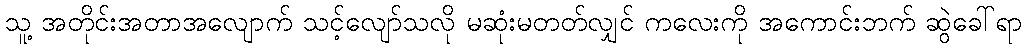
သူ့ အတိုင်းအတာအလျောက် သင့်လျော်သလို မဆုံးမတတ်လျှင် ကလေးကို အကောင်းဘက် ဆွဲခေါ်ရာ